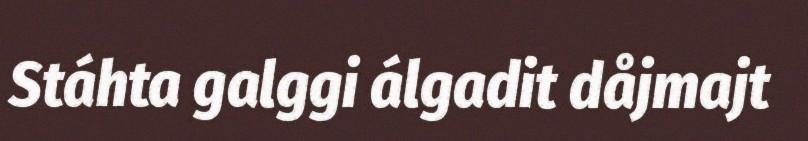
Stáhta galggi álgadit dåjmajt